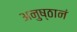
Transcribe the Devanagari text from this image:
अनुष्ठानं